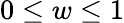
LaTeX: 0\leq w\leq 1